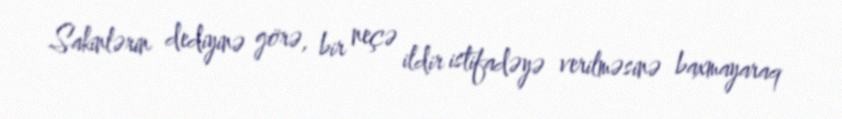
Sakinlərin dediyinə görə, bir neçə ildir istifadəyə verilməsinə baxmayaraq